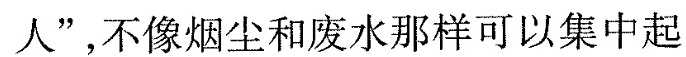
人”，不像烟尘和废水那样可以集中起